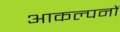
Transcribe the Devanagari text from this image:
आकल्पनों